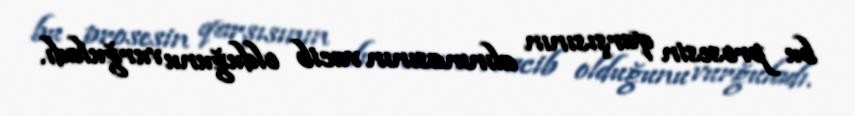
bu prosesin qarşısının alınmasının vacib olduğunu vurğuladı.